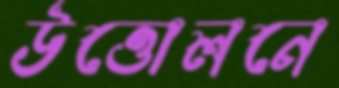
উত্তোলনে